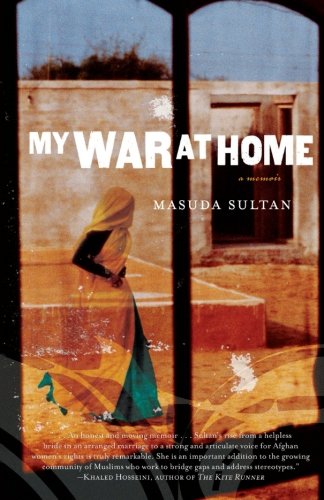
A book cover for My War at Home; Masuda Sultan; Religion & Spirituality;